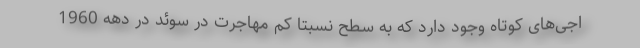
اجی‌های کوتاه وجود دارد که به سطح نسبتا کم مهاجرت در سوئد در دهه 1960